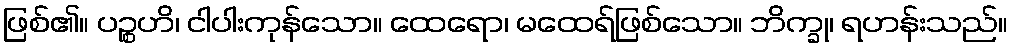
ဖြစ်၏။ ပဉ္စဟိ၊ ငါပါးကုန်သော။ ထေရော၊ မထေရ်ဖြစ်သော။ ဘိက္ခု၊ ရဟန်းသည်။